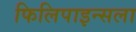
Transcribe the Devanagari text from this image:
फिलिपाइन्सला